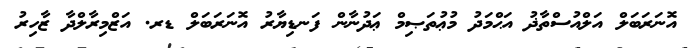
އޮނަރަބަލް އަލްއުސްތާޛު އަޙްމަދު މުޢުތަޞިމް ޢަދުނާން ފަނޑިޔާރު އޮނަރަބަލް ޑރ. އަޒްމިރާލްދާ ޒާހިރު